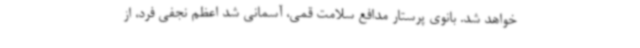
خواهد شد. بانوی پرستار مدافع سلامت قمی، آسمانی شد اعظم نجفی فرد، از